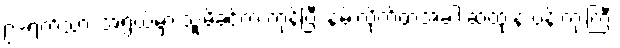
၉-ရက်သား အရွယ်မှာ သူ့မိခင်က ကုန်ပြီး နမ်းလိုက်တဲ့အခါ ဆံထုံးနဲ့ ပန်းကုံးကြီး